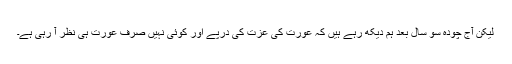
لیکن آج چودہ سو سال بعد ہم دیکھ رہے ہیں کہ عورت کی عزت کی درپے اور کوئی نہیں صرف عورت ہی نظر آ رہی ہے۔